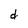
Character: d